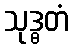
သုဒ္ဓတံ